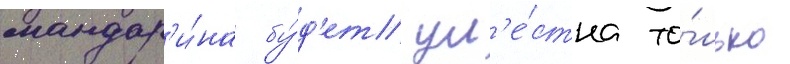
мандар'и́на бу́д'ет ум'е́стна то́лько